Vaccine operations Central Provinces 1886-1899 - 1886-1899
Year: 1886
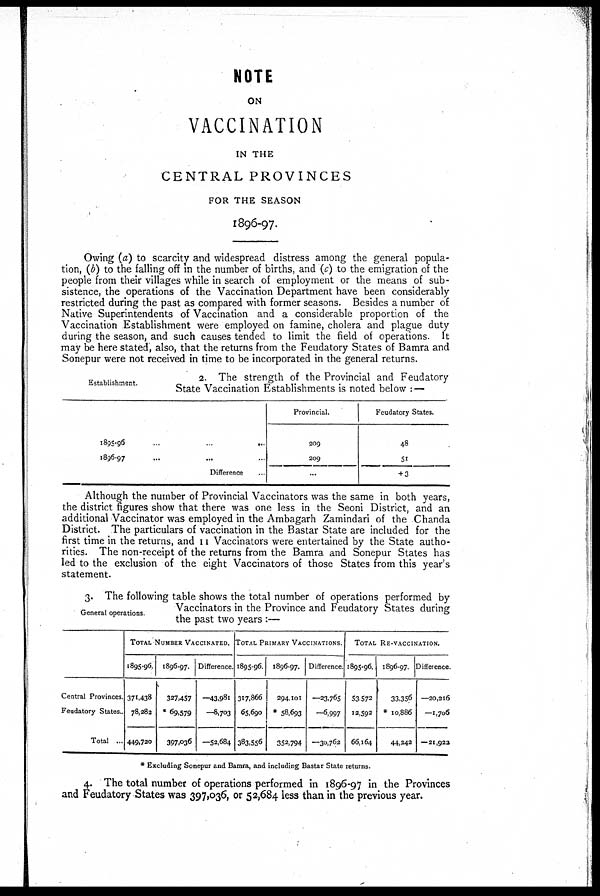
NOTE
ON
VACCINATION
IN THE
CENTRAL PROVINCES
FOR THE SEASON
1896-97.
Owing (a) to scarcity and widespread distress among the general popula-
tion, (b) to the falling off in the number of births, and (c) to the emigration of the
people from their villages while in search of employment or the means of sub-
sistence, the operations of the Vaccination Department have been considerably
restricted during the past as compared with former seasons. Besides a number of
Native Superintendents of Vaccination and a considerable proportion of the
Vaccination Establishment were employed on famine, cholera and plague duty
during the season, and such causes tended to limit the field of operations. It
may be here stated, also, that the returns from the Feudatory States of Bamra and
Sonepur were not received in time to be incorporated in the general returns.
Establishment.
2. The strength of the Provincial and Feudatory
State Vaccination Establishments is noted below : —
1895-96...
...
...
1896-97... ... ...
Difference...
Provincial.
209
209
...
Feudatory States.
48
51
+ 3
Although the number of Provincial Vaccinators was the same in both years,
the district figures show that there was one less in the Seoni District, and an
additional Vaccinator was employed in the Ambagarh Zamindari of the Chanda
District. The particulars of vaccination in the Bastar State are included for the
first time in the returns, and 11 Vaccinators were entertained by the State autho-
rities. The non-receipt of the returns from the Bamra and Sonepur States has
led to the exclusion of the eight Vaccinators of those States from this year's
statement.
General operations.
3. The following table shows the total number of operations performed by
Vaccinators in the Province and Feudatory States during
the past two years :—
Central Provinces.
Feudatory States..
Total...
TOTAL NUMBER VACCINATED.
1895-96.
371,438
78,282
449,720
1896-97.
327,457
* 69,579
397,036
Difference.
—43,981
—8,703
—52,684
TOTAL PRIMARY VACCINATIONS.
1895-96.
317,866
65,690
383,556
1896-97.
294,101
* 58,693
352,794
Difference.
—23,765
—6,997
—30,762
TOTAL RE-VACCINATION.
1895-96.
53,572
12,592
66,164
1896-97.
33,356
* 10,886
44,242
Difference.
—20,216
—1,706
—21,922
* Excluding Sonepur and Bamra, and including Bastar State returns.
4. The total number of operations performed in 1896-97 in the Provinces
and Feudatory States was 397,036, or 52,684 less than in the previous year.